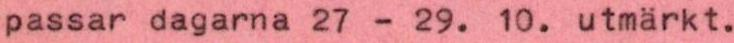
passar dagarna 27 - 29. 10. utmärkt.